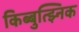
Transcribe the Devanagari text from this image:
किब्बुत्झ्निक